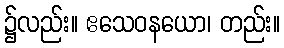
၌လည်း။ ဧသေဝနယော၊ တည်း။